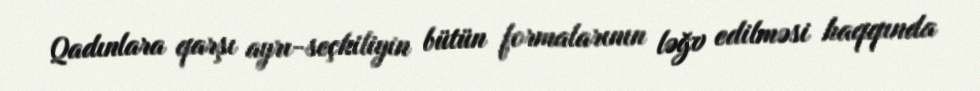
Qadınlara qarşı ayrı-seçkiliyin bütün formalarının ləğv edilməsi haqqında